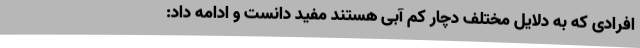
افرادی که به دلایل مختلف دچار کم آبی هستند مفید دانست و ادامه داد: